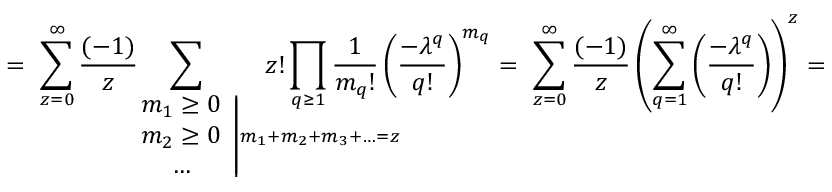
= \ \sum _ { z = 0 } ^ { \infty } \frac { ( - 1 ) } { z } \! \! \! \! \! \! \! \! \! \! \! \! \! \! \! \! \! \! \! \! \! \! \! \! \! \! \! \! \! \! \! \! \! \! \! \! \! \! \! \! \sum _ { \qquad \qquad \qquad \left. \begin{array} { c } { { m _ { 1 } \geq 0 } } \\ { { m _ { 2 } \geq 0 } } \\ { { \ldots } } \end{array} \right| m _ { 1 } + m _ { 2 } + m _ { 3 } + \ldots = z } \! \! \! \! \! \! \! \! \! \! \! \! \! \! \! \! \! \! \! \! \! \! \! \! \! \! \! \! \! \! \! \! \! z ! \prod _ { q \geq 1 } \frac { 1 } { m _ { q } ! } \left( \frac { - \lambda ^ { q } } { q ! } \right) ^ { m _ { q } } = \ \sum _ { z = 0 } ^ { \infty } \frac { ( - 1 ) } { z } \left( \sum _ { q = 1 } ^ { \infty } \left( \frac { - \lambda ^ { q } } { q ! } \right) \right) ^ { z } =